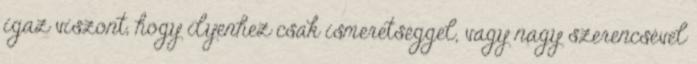
igaz viszont, hogy ilyenhez csak ismeretséggel, vagy nagy szerencsével